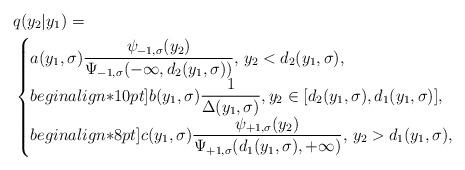
LaTeX: \begin{align*}& q(y_2|y_1)=\\&\begin{cases}a(y_1,\sigma)\dfrac{\psi_{-1,\sigma}(y_2)}{\Psi_{-1,\sigma}(-\infty,d_2(y_1,\sigma))},\,y_2<d_2(y_1,\sigma),\\begin{align*}10pt]b(y_1,\sigma)\dfrac{1}{\Delta(y_1,\sigma)},y_2\in[d_2(y_1,\sigma),d_1(y_1,\sigma)],\\begin{align*}8pt]c(y_1,\sigma) \dfrac{\psi_{+1,\sigma}(y_2)}{\Psi_{+1,\sigma}(d_1(y_1,\sigma),+\infty)},\,y_2>d_1(y_1,\sigma),\end{cases}\end{align*}